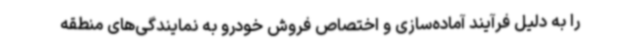
را به دلیل فرآیند آماده‌سازی و اختصاص فروش خودرو به نمایندگی‌های منطقه